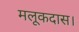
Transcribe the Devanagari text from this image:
मलूकदास।